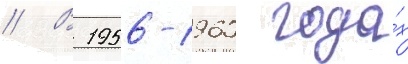
// В 1956-1960 года́х